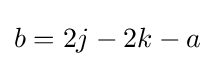
b=2j-2k-a